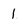
Character: 1